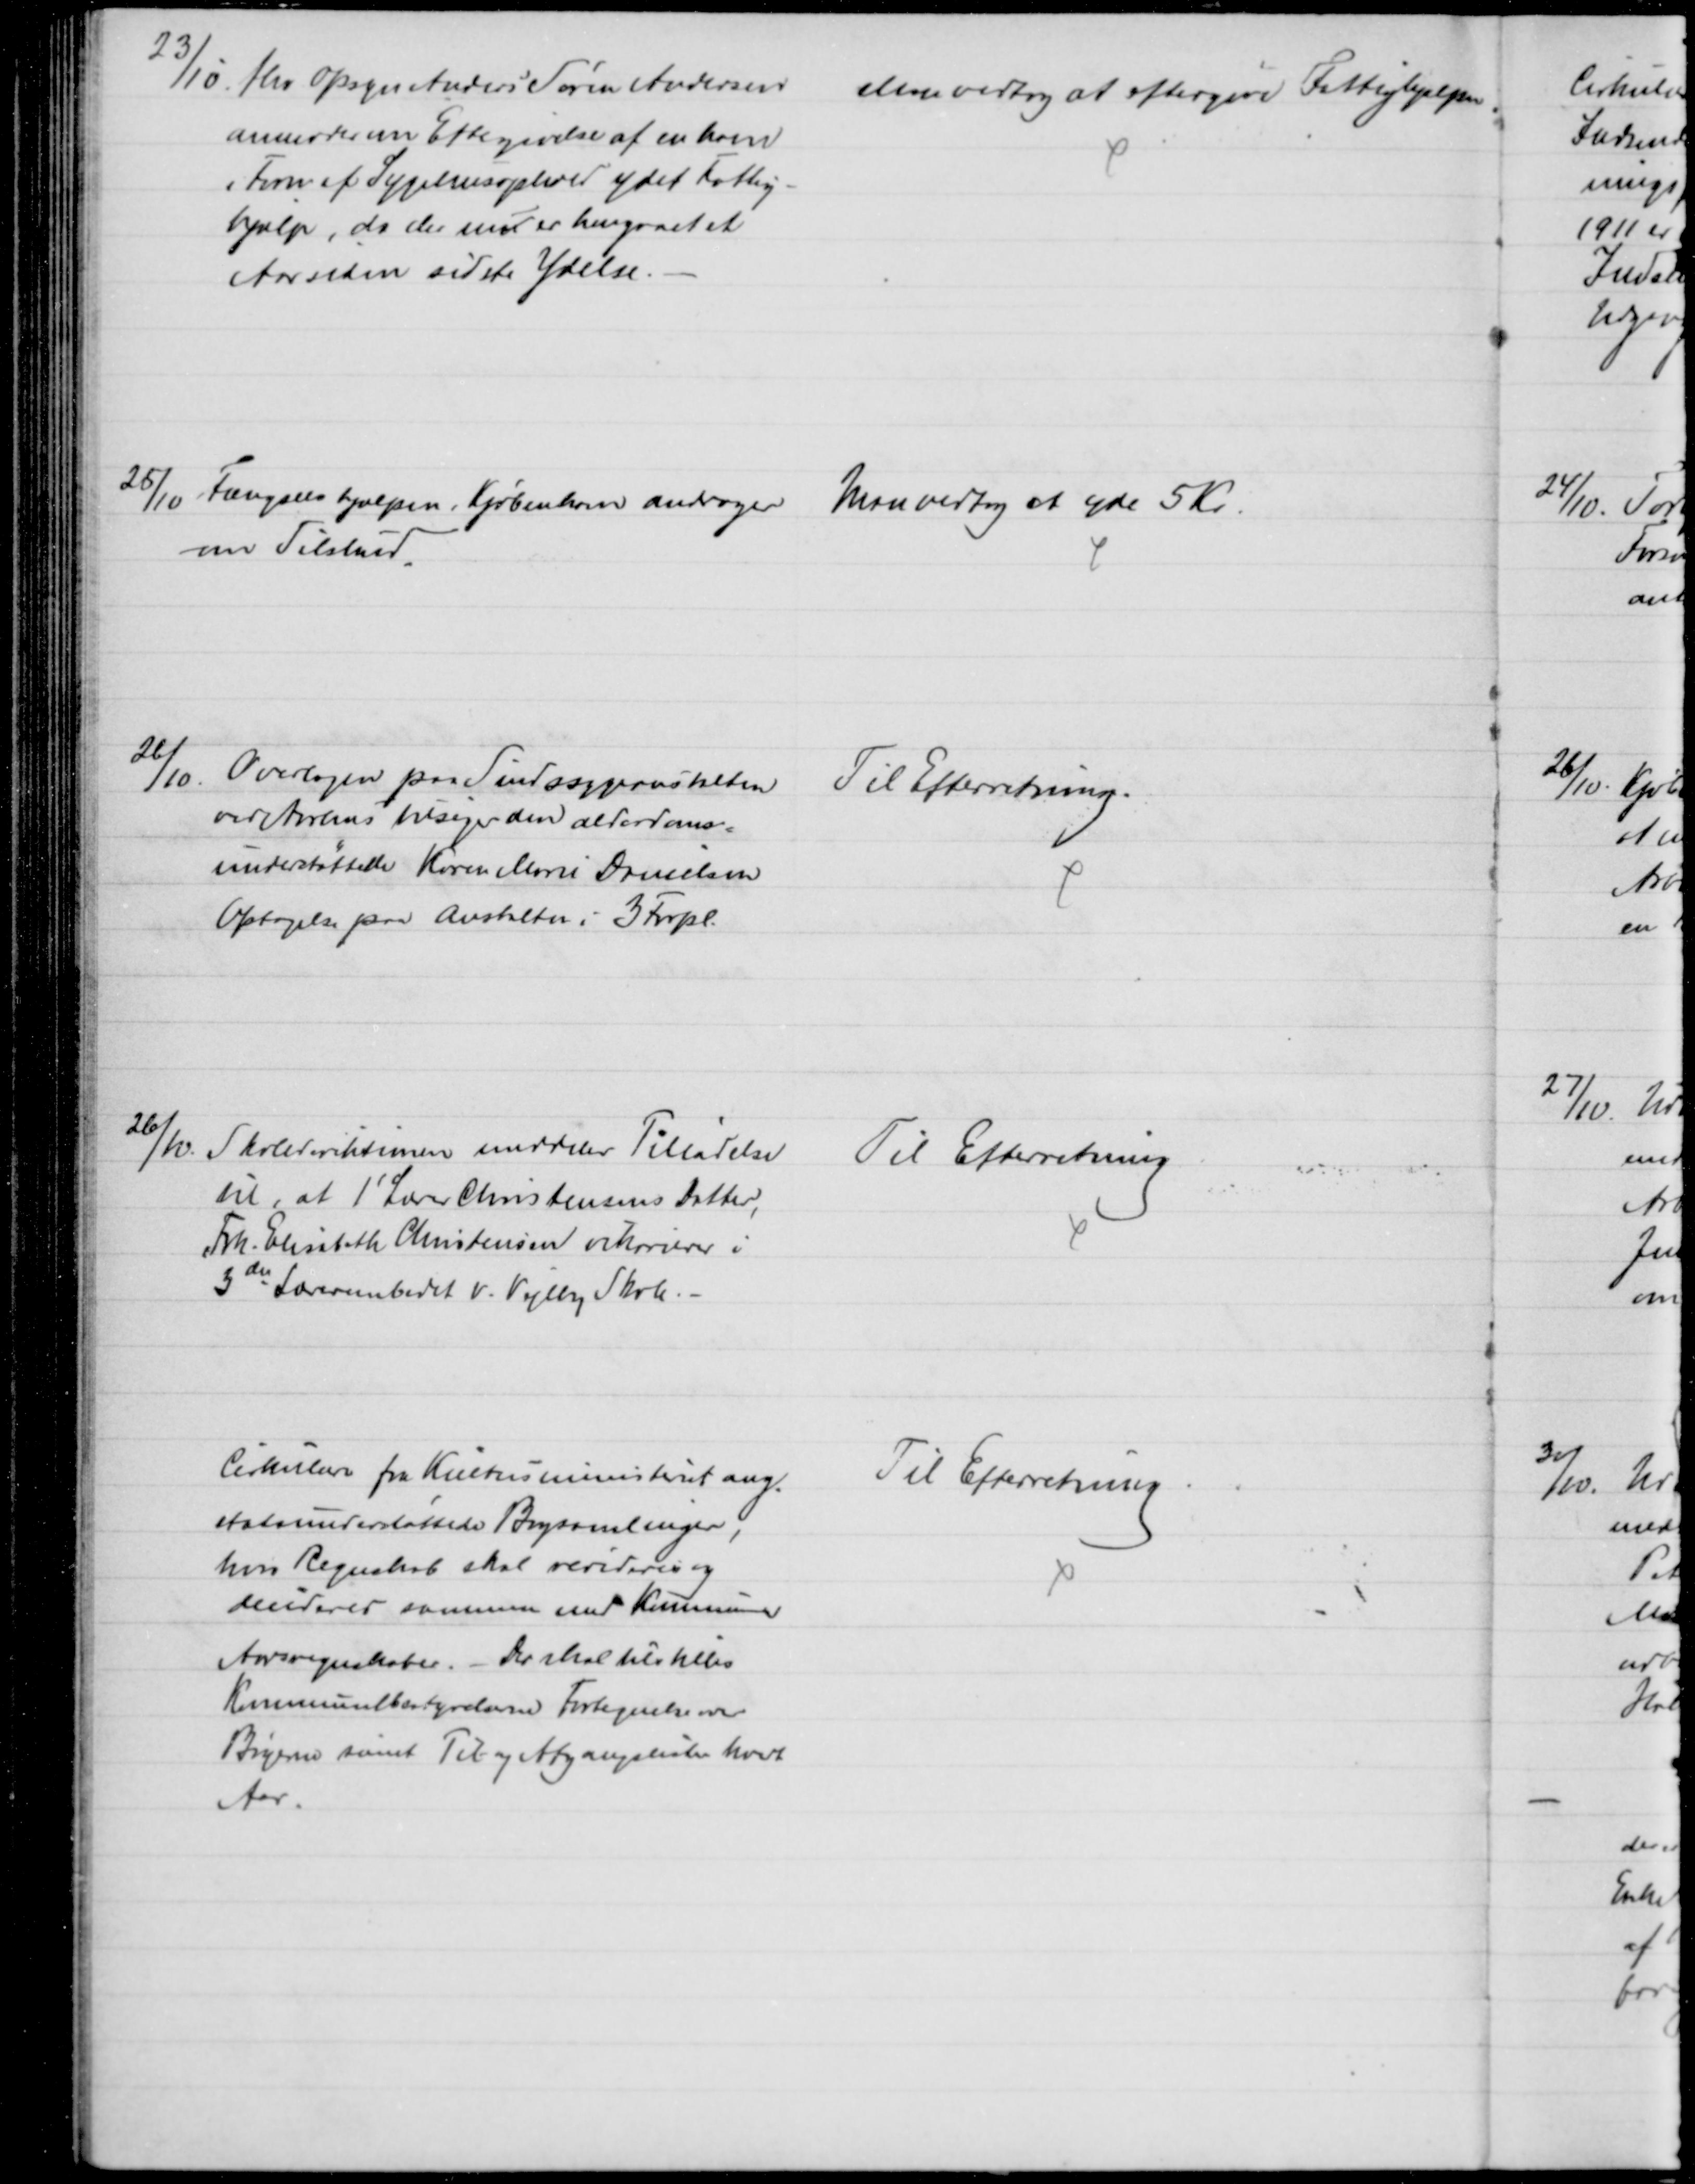
Transskription:
23/10. fhv Opsyn Anders Søren Andersen
anmoder om Eftergivelse af en ham
i Form af Sygehusophold ydet Fattig-
hjælp, da der nu er hengaaet et
Aar siden sidste Ydelse.
Man vedtog at eftergive Fattighjælpen
25/10
Fængselshjælpen, Kjøbenhavn andrager 
om Tilskud.
Man vedtog at yde 5 Kr.
26/10.
Overlægen paa Sindssygeanstalten
ved Aarhus tilsiger den alderdoms-
understøttede Karen Marie Danielsens
Optagelse paa Anstalten i 3 Forpl.
Til Efterretning.
26/10.
Skoledirektionen meddeler Tilladelse
til, at 1' Lærer Christensens Datter,
Frk. Elisabeth Christensen vikarierer i
3die Lærerembedet v. Vejlby Skole. 
Til Efterretning
Cirkulære fra Kulturministeriet ang. 
statsunderstøttede Bogsamlinger,
hvis Regnskab skal revideres og 
deciderer sammen med Kommunens
Aarsregnskaber. - Der skal tilstilles
Kommunalbestyrelsen Fortegnelse over 
Bøgerne samt Til og Afgangslister hvert
Aar.
Til Efterretning